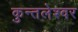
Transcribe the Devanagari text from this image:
कुन्तलेश्वर